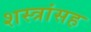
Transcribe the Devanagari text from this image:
शस्त्रांसह